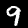
Label: 9